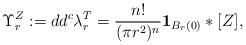
LaTeX: \begin{align*}\Upsilon ^Z _r := dd^c \lambda ^T _r = \frac{n!}{(\pi r^2)^n} \mathbf{1}_{B_r(0)} * [Z],\end{align*}